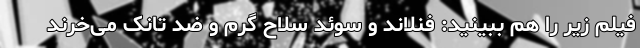
فیلم‌ زیر را هم ببینید: فنلاند و سوئد سلاح گرم و ضد تانک می‌خرند